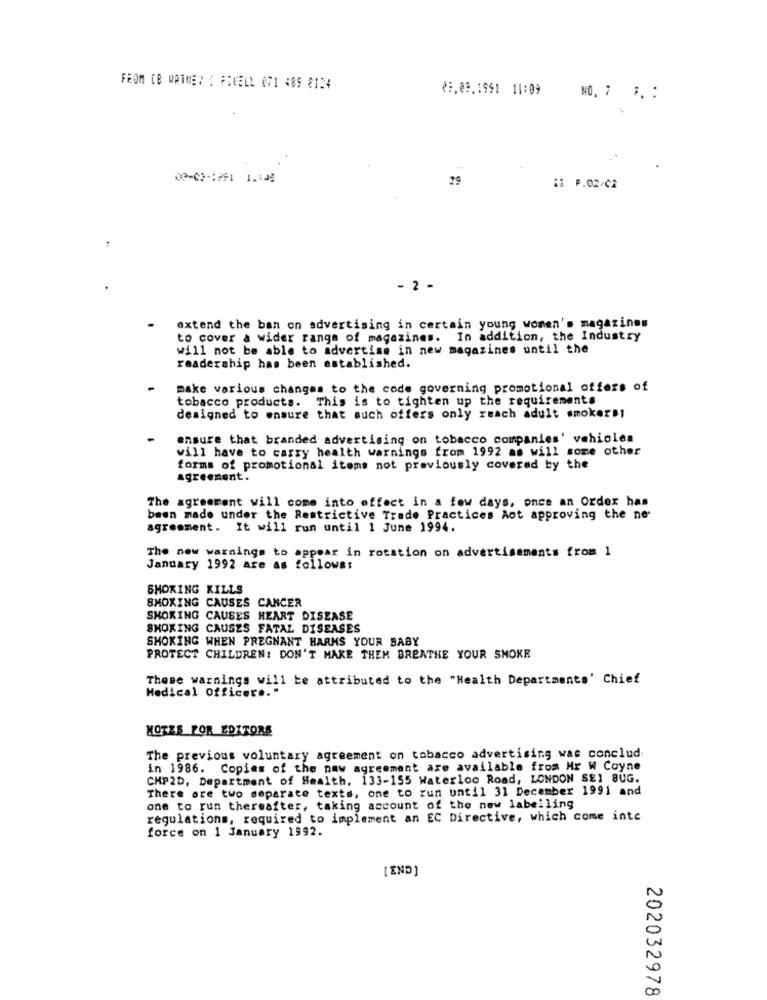
FROM CB MATHEY S FSCELL 071 489 2124
₴9,09,1991 11:09
NO. 7 F. :
09-03-1991 1.149
29
i1 F.02-CA
- 2 -
extend the ban on advertising in certain young women's magazines
to cover a wider range of magazines. In addition, the Industry
will not be able to advertise in new magazines until the
readership has been established.
make various changes to the code governing promotional offers of
tobacco products. This is to tighten up the requirements
designed to ensure that such offers only reach adult smokers1
ensure that branded advertising on tobacco companies' vehicles
will have to carry health warnings from 1992 as will some other
forms of promotional items not previously covered by the
Agreement.
The agreement will come into effect in a few days, once an Order has
been made under the Restrictive Trade Practices Aot approving the ne-
agreement. It will run until 1 June 1994.
The new warnings to appear in rotation on advertisements from 1
January 1992 are as follows:
SMOKING KILLS
SMOXING CAUSES CANCER
SMOKING CAUSES HEART DISEASE
SMOKING CAUSES FATAL DISEASES
SMOKING WHEN PREGNANT HARMS YOUR BABY
PROTECT CHILDREN: DON'T MAKE THEM BREATHE YOUR SMOKE
These warnings will be attributed to the "Health Departments' Chief
Medical Officer .. "
NOTES FOR EDITORS
The previous voluntary agreement on tobacco advertising was conclud
in 1986. Copies of the new agreement are available from Hr W Coyne
CHP2D, Department of Health, 133-155 Waterloo Road, LONDON SEI BUG.
There are two separate texts, one to run until 31 December 1991 and
one to run thereafter, taking account of the new labelling
regulations, required to implement an EC Directive, which come inte
force on 1 January 1992.
[END]
202032978